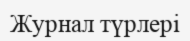
Журнал түрлері